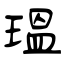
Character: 瑥